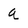
Character: a